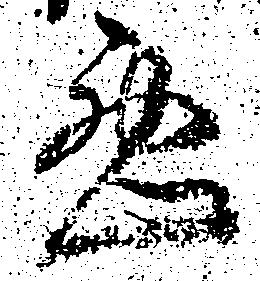
悪